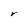
Character: r